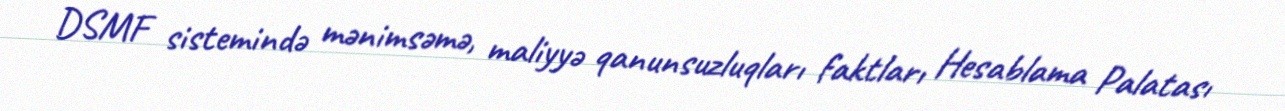
DSMF sistemində mənimsəmə, maliyyə qanunsuzluqları faktları Hesablama Palatası